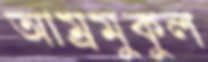
আম্রমুকুল